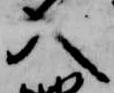
入